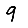
Digit: 9